Annual administration and progress report of the Indian Medical Department, Bombay
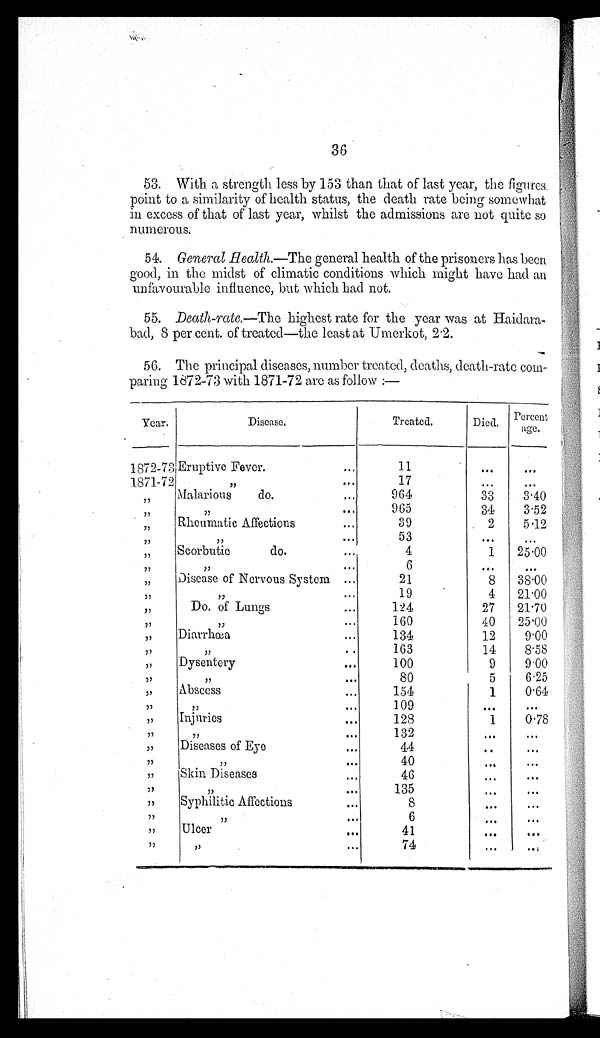
36
53. With a strength less by 153 than that of last year, the figures.
point to a similarity of health status, the death rate being somewhat
in excess of that of last year, whilst the admissions are not quite so
n u m e r o u s .
54. General Health.—The general health of the prisoners has been
good, in the midst of climatic conditions which might have had an
unfavourable influence, but which had not.
55. Death-rate.—The highest rate for the year was at Haidara
bad, 8 per cent. of treated—the least at Umerkot,
2 . 2 .
56. The principal diseases, number treated, deaths, death-rate coin-
paring 1872-73 with 1871-72 are as follow:—
Year.
Disease.
Treated.
Died.
Percent
age.
1872-73 Eruptive Fever.
1 1
...
...
1871-72
"
17
. . .
...
"
MaIalarious
do.
9 6 4
33
3.40
"
"
965
34
3.52
" " " "
Rheumatic Affections
39
2
5.12
"
"
53
...
...
"
Scorbutic
do.
4
1
2 5 . 0 0
"
"
" " " " " " "
6
. . .
. . .
"
"
Disease of Nervous System
21
8
38 . 00
"
"
"
1 9
.
4
21.00
" Do. of Lungs
124
27
21.70
"
760
40
25.00
" Diarrhwa
134
12
9.00
"
"
163
74
8.58
" Dysentery
700
9
9 . 0 0
"
"
80
5
6.25
" Abscess
154
1
0.64
"
"
109
...
...
" Injuries
128
1
0.78
"
"
132
. . .
...
" Diseases of Eye
44
...
...
"
"
40
. . .
...
" Skin Diseases
46
. . .
...
"
"
135
...
...
" Syphilitic Affections
8
...
. . .
"
"
6
...
....
" Ulcer
41
...
. . .
" "
74
. . . . . .